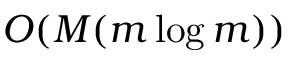
O ( M ( m \log m ) )